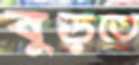
বুড়তে